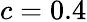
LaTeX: c=0.4